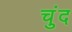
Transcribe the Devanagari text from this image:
चुंद